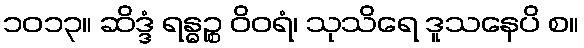
၁၀၁၃။ ဆိဒ္ဒံ ရန္ဓဉ္စ ဝိဝရံ၊ သုသိရေ ဒူသနေပိ စ။